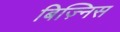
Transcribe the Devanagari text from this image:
बिज़्निस